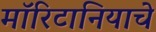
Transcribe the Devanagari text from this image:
मॉरिटानियाचे